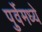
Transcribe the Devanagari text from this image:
पुर्वेमध्ये